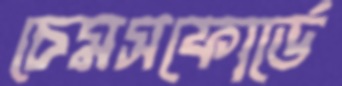
চেমসফোর্ডে